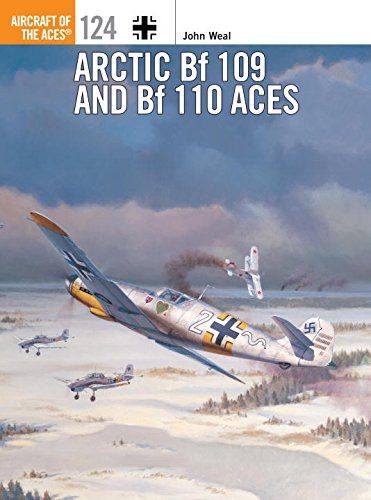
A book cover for Arctic Bf 109 and Bf 110 Aces (Aircraft of the Aces); John Weal; History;